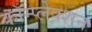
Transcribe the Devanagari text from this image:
कॉम्प्लेक्शन